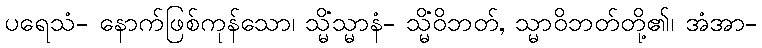
ပရေသံ- နောက်ဖြစ်ကုန်သော၊ သ္မိံသ္မာနံ- သ္မိံဝိဘတ်, သ္မာဝိဘတ်တို့၏၊ အံအာ-